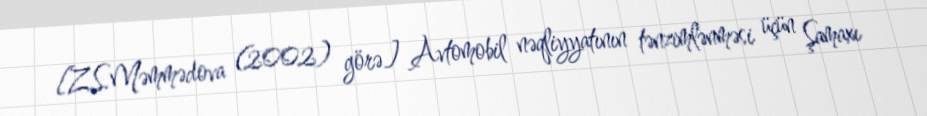
[Z.S.Məmmədova (2002) görə] Avtomobil nəqliyyatının tənzimlənməsi üçün Şamaxı